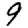
Digit: 9